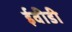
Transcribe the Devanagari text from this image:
ईवीडी